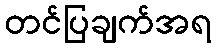
တင်ပြချက်အရ